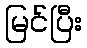
မြင်ပြီး